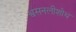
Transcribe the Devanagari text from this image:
श्वसनलीशोथ